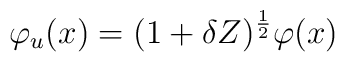
\varphi_{u}(x)= (1+\delta Z)^{\frac{1}{2}}\varphi(x)